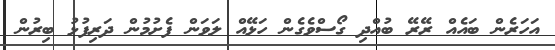
އަހަރެން ބައެއް ރޭރޭ ބުއްދި ގޯސްވެގެން ހަޅޭއް ލަވަން ފެށުމުން ދަރިފުޅު ބިރުން